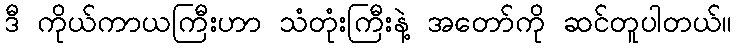
ဒီ ကိုယ်ကာယကြီးဟာ သံတုံးကြီးနဲ့ အတော်ကို ဆင်တူပါတယ်။